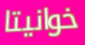
خوانيتا